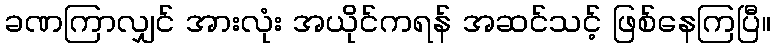
ခဏကြာလျှင် အားလုံး အယိုင်ကရန် အဆင်သင့် ဖြစ်နေကြပြီ။